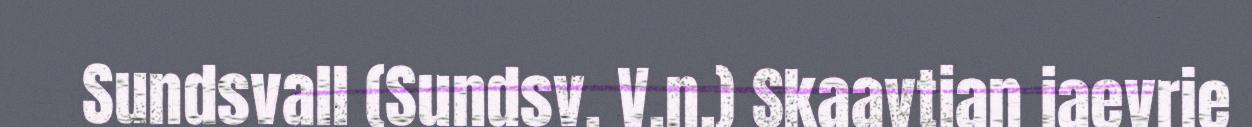
Sundsvall (Sundsv. V.n.) Skaavtjan jaevrie